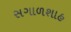
સગાળશાહ